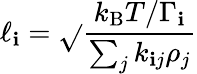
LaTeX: \ell_{\mathbf{i}}=\sqrt{}{{\frac{{k_{\mathrm{{B}}}T/\Gamma_{\mathbf{i}}}}{{\sum_{j}k_{\mathbf{i}j}\rho_{j}}}}}